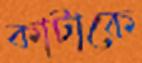
কাটাকে